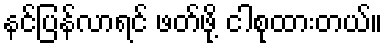
နင်ပြန်လာရင် ဖတ်ဖို့ ငါစုထားတယ်။